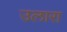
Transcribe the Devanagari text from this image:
उलारा